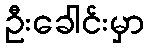
ဦးခေါင်းမှာ